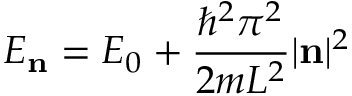
E _ { \mathbf { n } } = E _ { 0 } + { \frac { \hbar ^ { 2 } \pi ^ { 2 } } { 2 m L ^ { 2 } } } | \mathbf { n } | ^ { 2 }